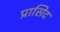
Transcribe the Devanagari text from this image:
प्रासिद